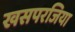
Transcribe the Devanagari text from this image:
खसपरजिया